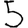
Digit: 5